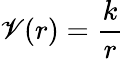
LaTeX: \mathscr{V}(r)={\frac{{k}}{{r}}}